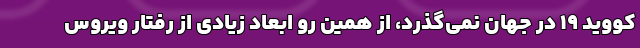
کووید ۱۹ در جهان نمی‌گذرد، از همین رو ابعاد زیادی از رفتار ویروس